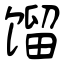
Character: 馏